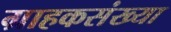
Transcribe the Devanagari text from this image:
ग्राहकसंख्या